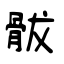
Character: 䯋